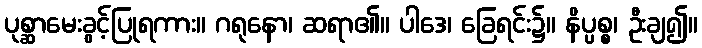
ပုစ္ဆာမေးခွင့်ပြုရကား။ ဂရုနော၊ ဆရာ၏။ ပါဒေ၊ ခြေရင်း၌။ နိပ္ပစ္စ၊ ဦးချ၍။